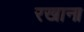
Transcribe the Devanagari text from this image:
रखाना